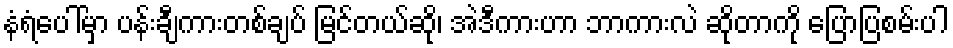
နံရံပေါ်မှာ ပန်းချီကားတစ်ချပ် မြင်တယ်ဆို၊ အဲဒီကားဟာ ဘာကားလဲ ဆိုတာကို ပြောပြစမ်းပါ